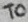
Text: TO